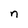
Character: n